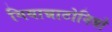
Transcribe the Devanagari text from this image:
गियान्नाटोनियो